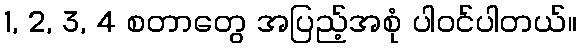
1, 2, 3, 4 စတာတွေ အပြည့်အစုံ ပါဝင်ပါတယ်။